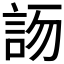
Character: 𧦯